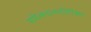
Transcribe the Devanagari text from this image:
संमेलनाव्यतिरिक्त